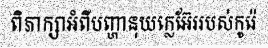
ពិភាក្សាអំពីបញ្ហានុយក្លេអ៊ែររបស់កូរ៉េ